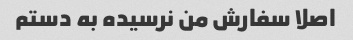
اصلا سفارش من نرسیده به دستم